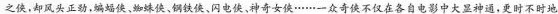
之使，却风头正劲，蝙蝠侠、蜘蛛侠、钢铁侠、闪电侠，神奇女侠······一众奇侠不仅在各自电影中大显神通，更时不时地